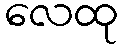
လေထု